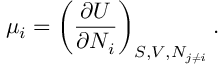
\mu _ { i } = \left( { \frac { \partial U } { \partial N _ { i } } } \right) _ { S , V , N _ { j \neq i } } .